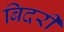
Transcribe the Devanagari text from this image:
बिदरी